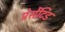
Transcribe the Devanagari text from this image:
प्रेसेंटिड